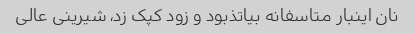
نان اینبار متاسفانه بیاتذبود و زود کپک زد، شیرینی عالی